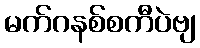
မက်ဂနစ်စကီပဲဗျ